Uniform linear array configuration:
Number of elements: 8
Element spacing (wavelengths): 0.25
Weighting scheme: uniform
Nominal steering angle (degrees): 15
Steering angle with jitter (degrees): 15.956
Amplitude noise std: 0.05
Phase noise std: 0.05

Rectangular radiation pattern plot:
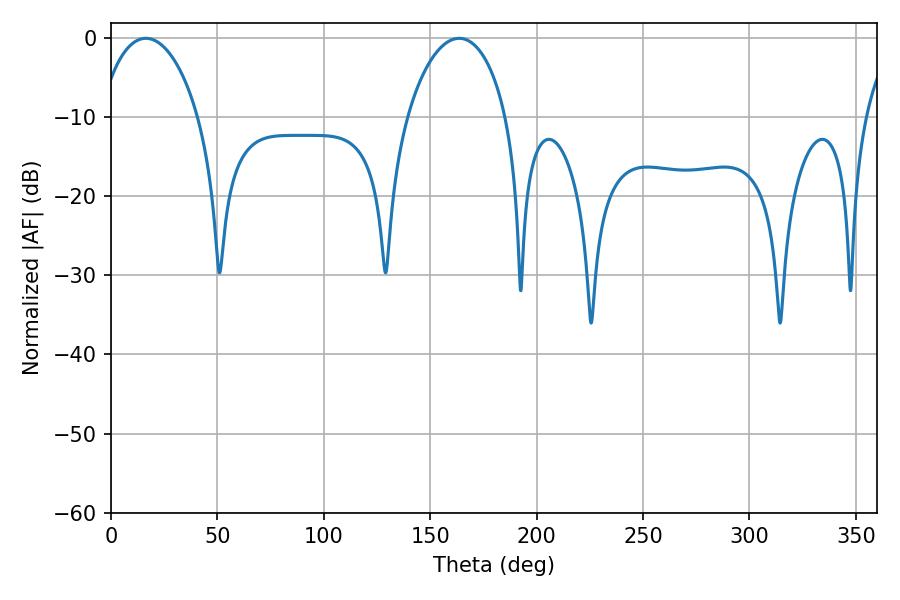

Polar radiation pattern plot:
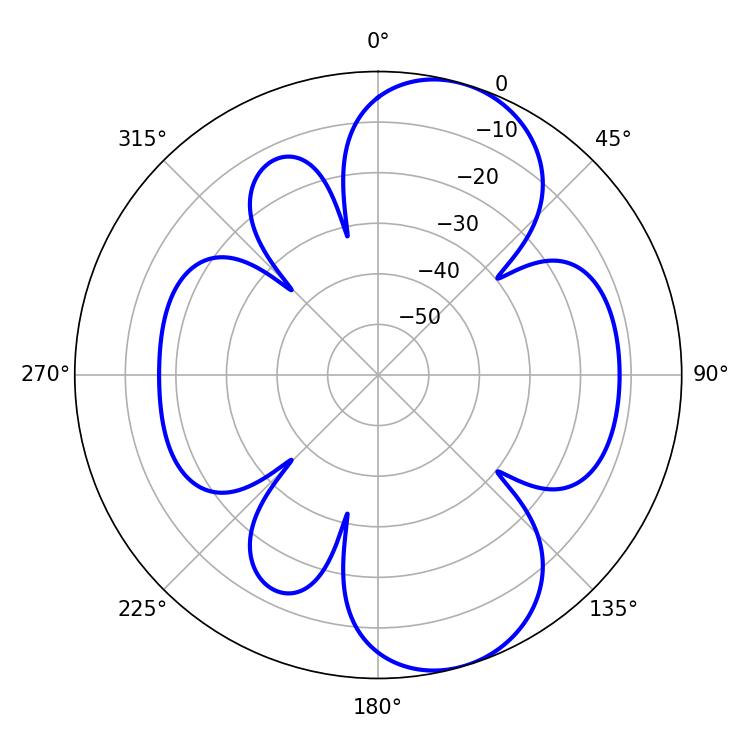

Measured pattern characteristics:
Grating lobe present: FALSE
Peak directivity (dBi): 8.285
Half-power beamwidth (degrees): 26.64
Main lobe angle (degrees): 16.38